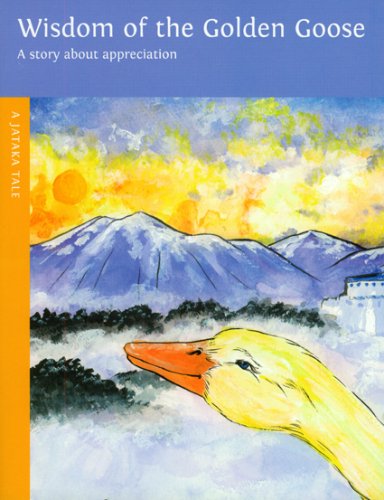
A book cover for Wisdom of the Golden Goose (A Jataka Tale); Sherry Nestorowich; Children's Books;